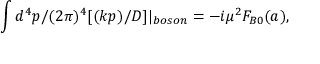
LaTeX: \int d ^ { 4 } p / ( 2 \pi ) ^ { 4 } [ ( k p ) / D ] | _ { b o s o n } = - i \mu ^ { 2 } F _ { B 0 } ( a ) ,